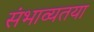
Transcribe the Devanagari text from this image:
संभाव्यतया